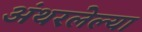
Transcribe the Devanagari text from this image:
अंथरलेल्या